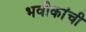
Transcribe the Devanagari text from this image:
भवीकांची